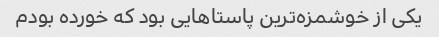
یکی از خوشمزه‌ترین پاستاهایی بود که خورده بودم